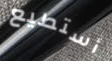
أستطيع